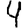
Digit: 4